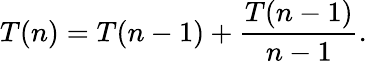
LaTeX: T(n)=T(n-1)+\frac{T(n-1)}{n-1}.